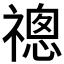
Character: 𬓔